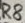
Text: R8